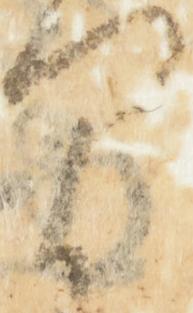
間